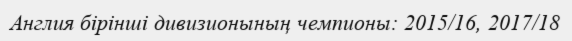
Англия бірінші дивизионының чемпионы: 2015/16, 2017/18